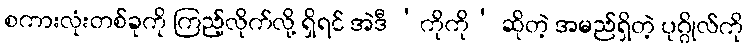
စကားလုံးတစ်ခုကို ကြည့်လိုက်လို့ ရှိရင် အဲဒီ ‘ကိုကို’ ဆိုတဲ့ အမည်ရှိတဲ့ ပုဂ္ဂိုလ်ကို